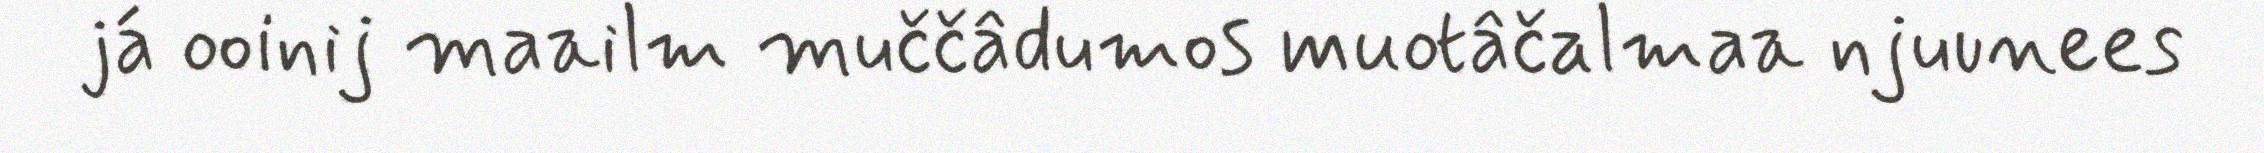
já ooinij maailm muččâdumos muotâčalmaa njuunees